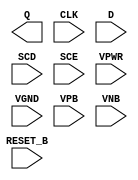
module sky130_fd_sc_lp__sdfrtp_ov2 (
    Q      ,
    CLK    ,
    D      ,
    SCD    ,
    SCE    ,
    RESET_B,
    VPWR   ,
    VGND   ,
    VPB    ,
    VNB
);

    output Q      ;
    input  CLK    ;
    input  D      ;
    input  SCD    ;
    input  SCE    ;
    input  RESET_B;
    input  VPWR   ;
    input  VGND   ;
    input  VPB    ;
    input  VNB    ;
endmodule